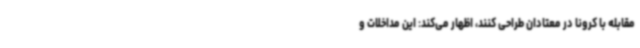
مقابله با کرونا در معتادان طراحی کنند، اظهار می‌کند: این مداخلات و